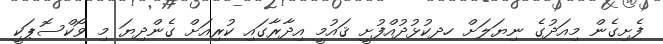
ފެށިގެން މިއަދުގެ ނިޔަލަށް ހދކުޅުދުއްފުށީ ޤައުމީ އިދާރާގައި ކުރިއަށް ގެންދިޔަ މި ވޯކްސޮޕަކީ